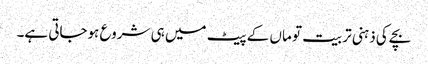
بچے کی ذہنی تربیت تو ماں کے پیٹ میں ہی شروع ہوجاتی ہے۔